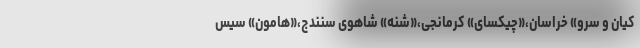
کیان و سرو» خراسان،«چیکسای» کرمانجی،«شنه» شاهوی سنندج،«هامون» سیس